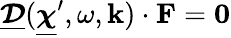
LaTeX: {\underline{{\boldsymbol{\mathcal D}}}(\underline{{\boldsymbol\chi}}^{\prime},\omega,\mathbf k)\cdot\mathbf F=\mathbf 0}